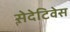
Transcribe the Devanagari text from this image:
सेदेटिवेस